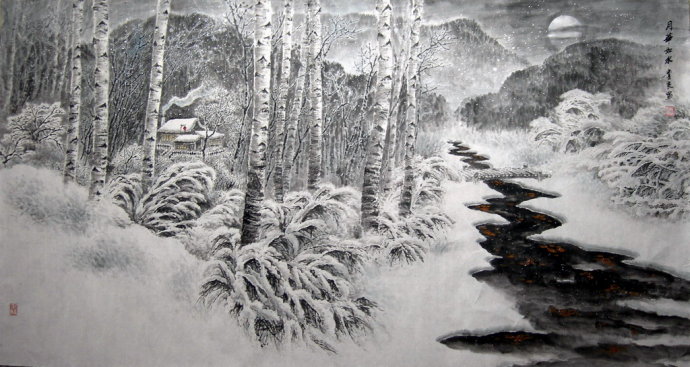
月华今夜黑，全见梨花白。